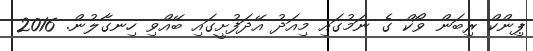
ޕިންކް ރިބަން ވޯކް ގެ ނަމުގައި މިއަދު އޭދަފުށީގައި ބޭއްވި ހިނގާލުން. 2016